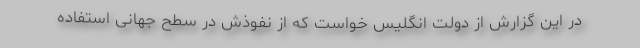
در این گزارش از دولت انگلیس خواست که از نفوذش در سطح جهانی استفاده